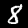
Label: 8